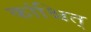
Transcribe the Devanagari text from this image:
कांश्चित्